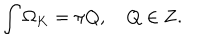
\int \Omega _ { K } = \pi Q , \quad Q \in { \bf Z } .